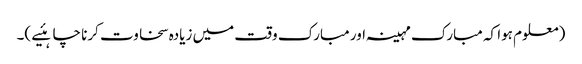
(معلوم ہوا کہ مبارک مہینہ اور مبارک وقت میں زیادہ سخاوت کرنا چاہئیے )۔